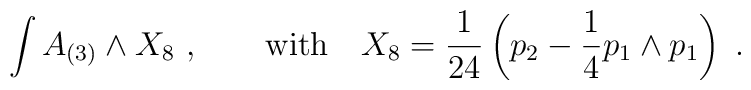
\int A_{(3)}\wedge X_8\ ,\qquad {\rm with}\quad X_8={1\over24}\left(p_2-{1\over4}p_1\wedge p_1\right)\ .